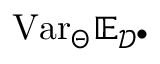
\mathrm { V a r } _ { \Theta } \mathbb { E } _ { \mathcal { D } ^ { \bullet } }